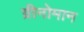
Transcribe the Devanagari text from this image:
ग्रीनोमान